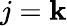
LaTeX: j=\mathbf{k}